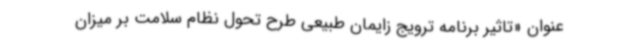
عنوان «تاثیر برنامه ترویج زایمان طبیعی طرح تحول نظام سلامت بر میزان